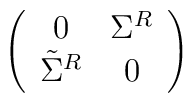
\left(\begin{array}{cc}      0&\Sigma^{R}\\   \tilde{\Sigma}^{R}&0\end{array}\right)